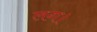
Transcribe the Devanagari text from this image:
लग।